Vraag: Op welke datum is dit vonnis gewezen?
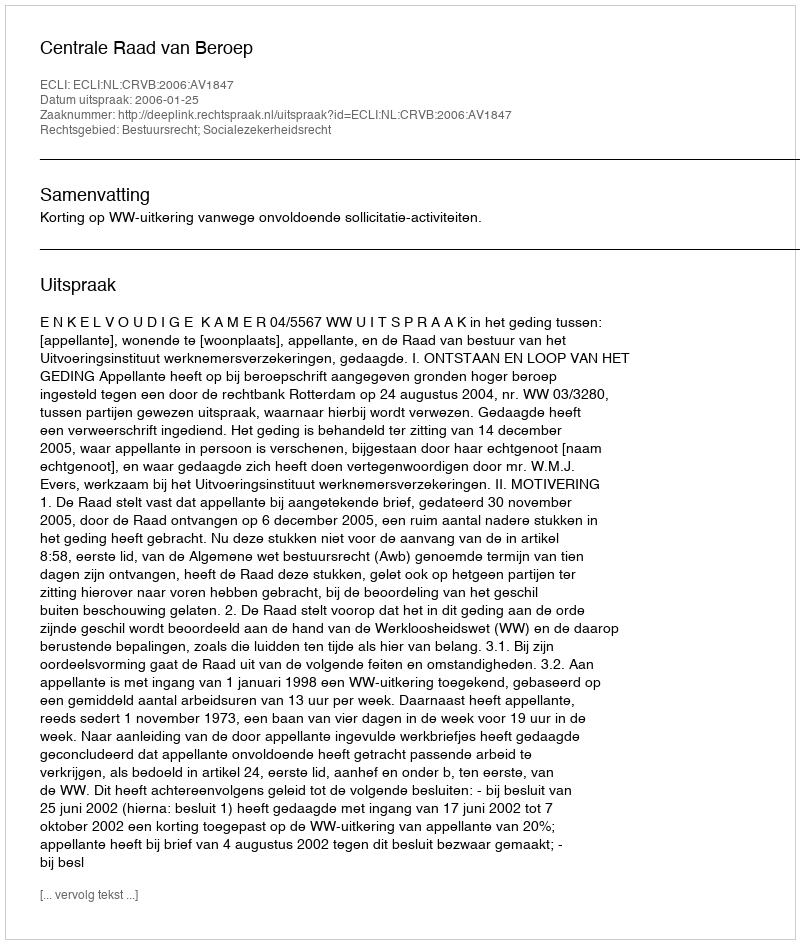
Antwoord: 2006-01-25